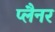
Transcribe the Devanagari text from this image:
प्लैनर